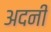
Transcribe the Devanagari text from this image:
अदनी